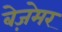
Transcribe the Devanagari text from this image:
बेज़ेमर